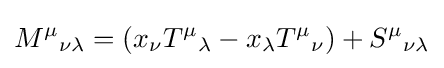
{M^{\mu }}_{\nu \lambda }=(x_{\nu }{T^{\mu }}_{\lambda }-x_{\lambda }{T^{\mu }}_{\nu })+{S^{\mu }}_{\nu \lambda }